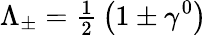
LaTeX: \Lambda_{\pm}={\textstyle{\frac{1}{2}}}\left(1\pm\gamma^{0}\right)